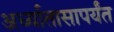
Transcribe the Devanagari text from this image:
अर्ध्यातासापर्यंत